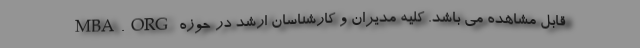
MBA.ORG قابل مشاهده می باشد. کلیه مدیران و کارشناسان ارشد در حوزه